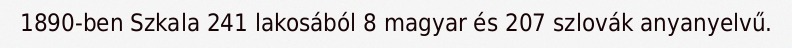
1890-ben Szkala 241 lakosából 8 magyar és 207 szlovák anyanyelvű.